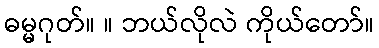
ဓမ္မဂုတ်။ ။ ဘယ်လိုလဲ ကိုယ်တော်။